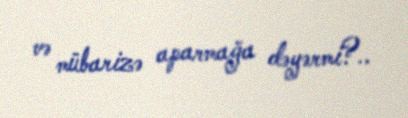
və mübarizə aparmağa dəyərmi?..